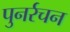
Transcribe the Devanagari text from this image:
पुनर्रचन